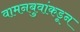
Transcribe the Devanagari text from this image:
वामनबुवांकडून